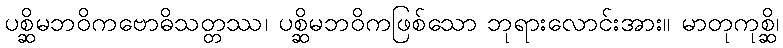
ပစ္ဆိမဘဝိကဗောဓိသတ္တဿ၊ ပစ္ဆိမဘဝိကဖြစ်သော ဘုရားလောင်းအား။ မာတုကုစ္ဆိ၊